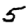
Digit: 5